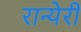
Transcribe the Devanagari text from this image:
रान्येरी